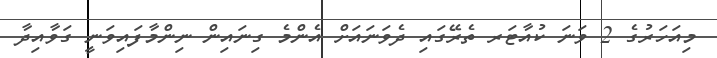
މިއަހަރުގެ 2 ވަނަ ކުއާޓަރ ތެރޭގައި ދެވަނައަށް އެންމެ ގިނައިން ނިންމާފައިވަނީ ގަވާއިދާ